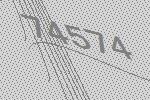
74574